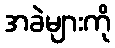
အခဲများကို